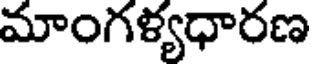
మాంగళ్యధారణ